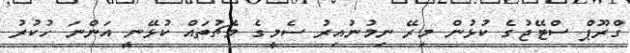
ގްރޫޕް ސްޓޭޖުގެ ކުޅުން މިރޭ ނިމުނުއިރު ސެމީގެ މެޗުތައް ކުޅޭނީ އަންނަ ހުކުރު